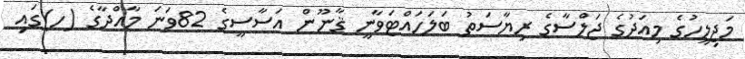
މަޖިލީހުގެ މިއަދުގެ ޖަލްސާގެ ރިޔާސަތު ބަލަހައްޓަވާނީ ޤާނޫން އަސާސީގެ 82ވަނަ މާއްދާގެ (ހ)ގައި